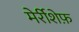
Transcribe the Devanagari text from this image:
मेर्रीशेफ़